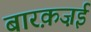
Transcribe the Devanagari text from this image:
बारक़ज़ई